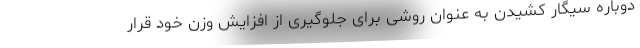
دوباره سیگار کشیدن به عنوان روشی برای جلوگیری از افزایش وزن خود قرار